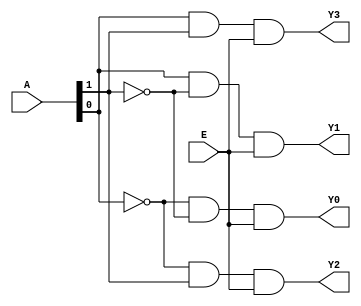

module Decoder(A,E,Y0,Y1,Y2,Y3);

input [1:0] A;
input E;
output Y0,Y1,Y2,Y3;

assign Y0 = (~A[0]) & (~A[1]) & E;
assign Y1 = (A[0]) & (~A[1]) & E;
assign Y2 = (~A[0]) & (A[1]) & E;
assign Y3 = (A[0]) & (A[1]) & E;


endmodule